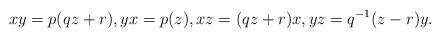
LaTeX: \begin{align*}xy = p(qz +r), yx = p(z), xz = (qz+r)x, yz = q^{-1}(z -r)y.\end{align*}